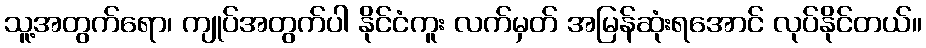
သူ့အတွက်ရော၊ ကျုပ်အတွက်ပါ နိုင်ငံကူး လက်မှတ် အမြန်ဆုံးရအောင် လုပ်နိုင်တယ်။